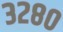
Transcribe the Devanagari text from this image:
३२८०